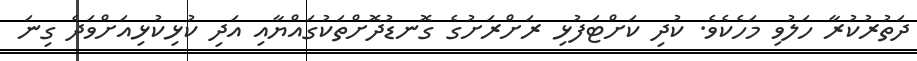
ދަތުރުކުރާ ހަލުވި މަހެކެވެ. ކުދި ކަށްޓަފުޅި ރަށްރަށުގެ ގޮނޑުދޮށްތަކުގައްޔާއި އަދި ކުޅިކުޅިއަށްވަދެ ގިނަ